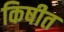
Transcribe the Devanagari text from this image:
किषीत